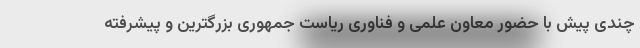
چندی پیش با حضور معاون علمی و فناوری ریاست جمهوری بزرگترین و پیشرفته